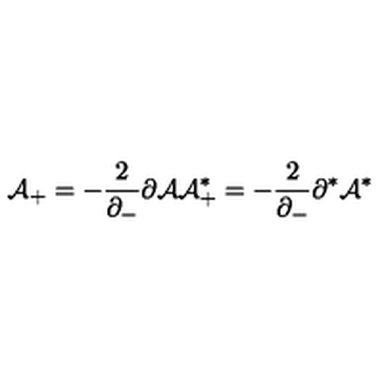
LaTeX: { \cal A } _ { + } = - \frac { 2 } { \partial _ { - } } \partial { \cal A } { \cal A } _ { + } ^ { * } = - \frac { 2 } { \partial _ { - } } \partial ^ { * } { \cal A } ^ { * }